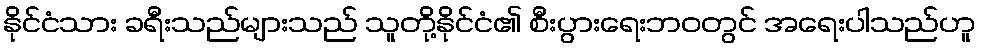
နိုင်ငံသား ခရီးသည်များသည် သူတို့နိုင်ငံ၏ စီးပွားရေးဘဝတွင် အရေးပါသည်ဟူ